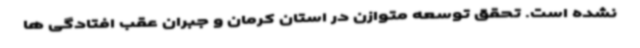
نشده است. تحقق توسعه متوازن در استان کرمان و جبران عقب افتادگی ها